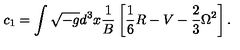
c _ { 1 } = \int \sqrt { - g } d ^ { 3 } x { \frac { 1 } { B } } \left[ \frac 1 6 R - V - \frac 2 3 \Omega ^ { 2 } \right] .